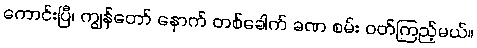
ကောင်းပြီ၊ ကျွန်တော် နောက် တစ်ခေါက် ခဏ စမ်း ဝတ်ကြည့်မယ်။